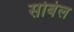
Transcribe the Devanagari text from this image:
सोबेल